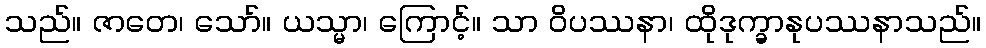
သည်။ ဇာတေ၊ သော်။ ယသ္မာ၊ ကြောင့်။ သာ ဝိပဿနာ၊ ထိုဒုက္ခာနုပဿနာသည်။